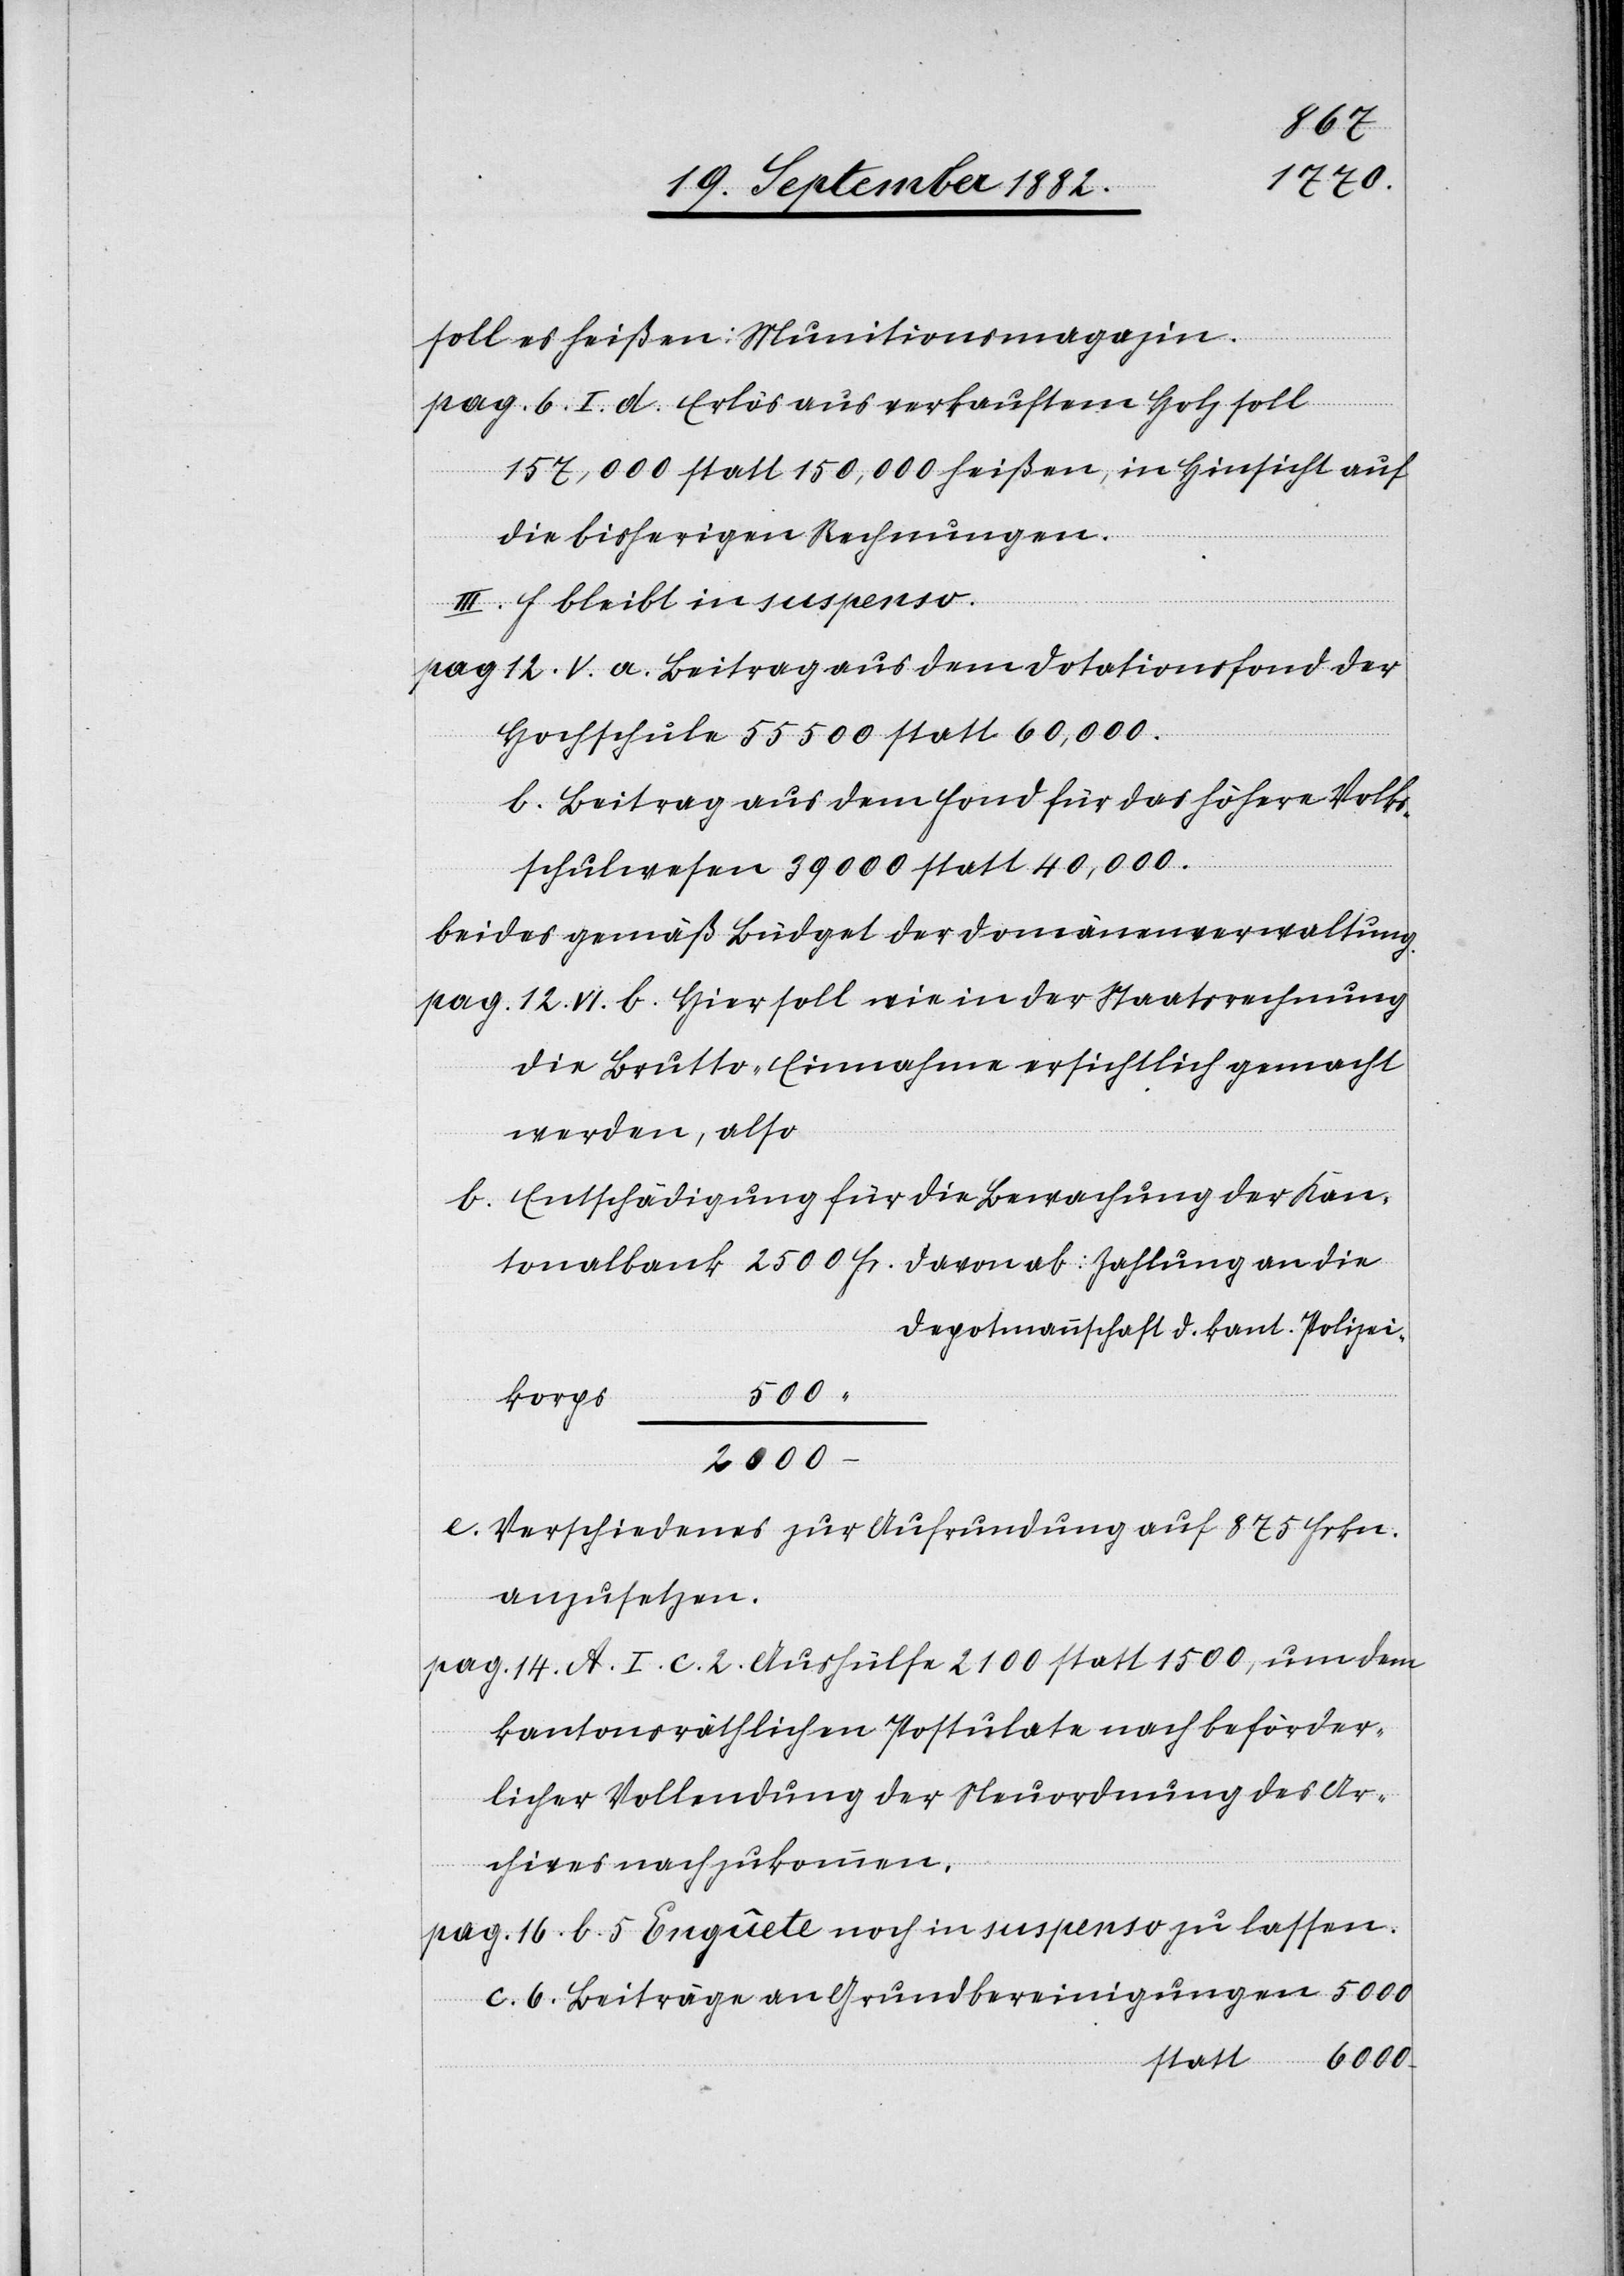
500
soll es heißen: Munitionsmagazin.
pag. 6. I. d. Erlös aus verkauftem Holz soll
157,000 statt 150,000 heißen, in Hinsicht auf
die bisherigen Rechnungen.
III. f. bleibt in suspenso.
pag. 12 V. a. Beitrag aus dem Dotationsfond der
die
Hochschule 55500 statt 60,000.
b. Beitrag aus dem Fond für das höhere Volks¬
schulwesen 39000 statt 40,000.
beides gemäß Büdget der Domänenverwaltung.
pag. 12. VI. b. Hier soll wie in der Staatsrechnung
die Brutto-Einnahme ersichtlich gemacht
werden, also
b. Entschädigung für die Bewachung der Kan¬
Depotmannschaft d. kant. Polizei¬
korps
6000
e. Verschiedenes zur Aufrundung auf 875 Frkn.
anzusetzen.
pag. 14. A. I. c. 2. Aushülfe 2100 statt 1500, um dem
kantonsräthlichen Postulate nach beförder¬
licher Vollendung der Neuordnung des Ar¬
chives nachzukommen.
pag. 16. b. 5 Enquête noch in suspenso zu lassen.
c. 6. Beiträge an Grundbereinigungen